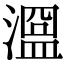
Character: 𣽭